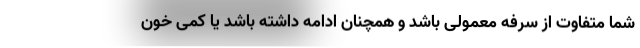
شما متفاوت از سرفه معمولی باشد و همچنان ادامه داشته باشد یا کمی خون